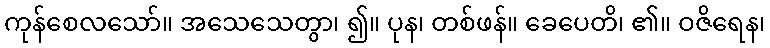
ကုန်စေလသော်။ အသေသေတွာ၊ ၍။ ပုန၊ တစ်ဖန်။ ခေပေတိ၊ ၏။ ဝဇိရေန၊